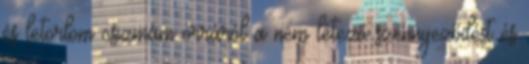
és letörlöm csizmám orráról a nem létező szennyeződést és